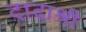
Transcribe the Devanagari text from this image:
दादाश्री